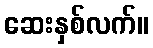
ဆေးနှစ်လက်။